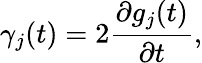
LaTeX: {\gamma}_{j}(t)=2\frac{\partial g_{j}(t)}{\partial t},